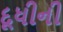
દૂધીની